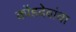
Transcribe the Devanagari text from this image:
कोंडदेवांचा